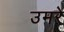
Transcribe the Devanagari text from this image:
उमरे